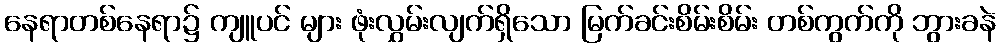
နေရာတစ်နေရာ၌ ကျူပင် များ ဖုံးလွှမ်းလျက်ရှိသော မြက်ခင်းစိမ်းစိမ်း တစ်ကွက်ကို ဘွားခနဲ